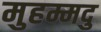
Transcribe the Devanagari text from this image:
मुहम्मदु